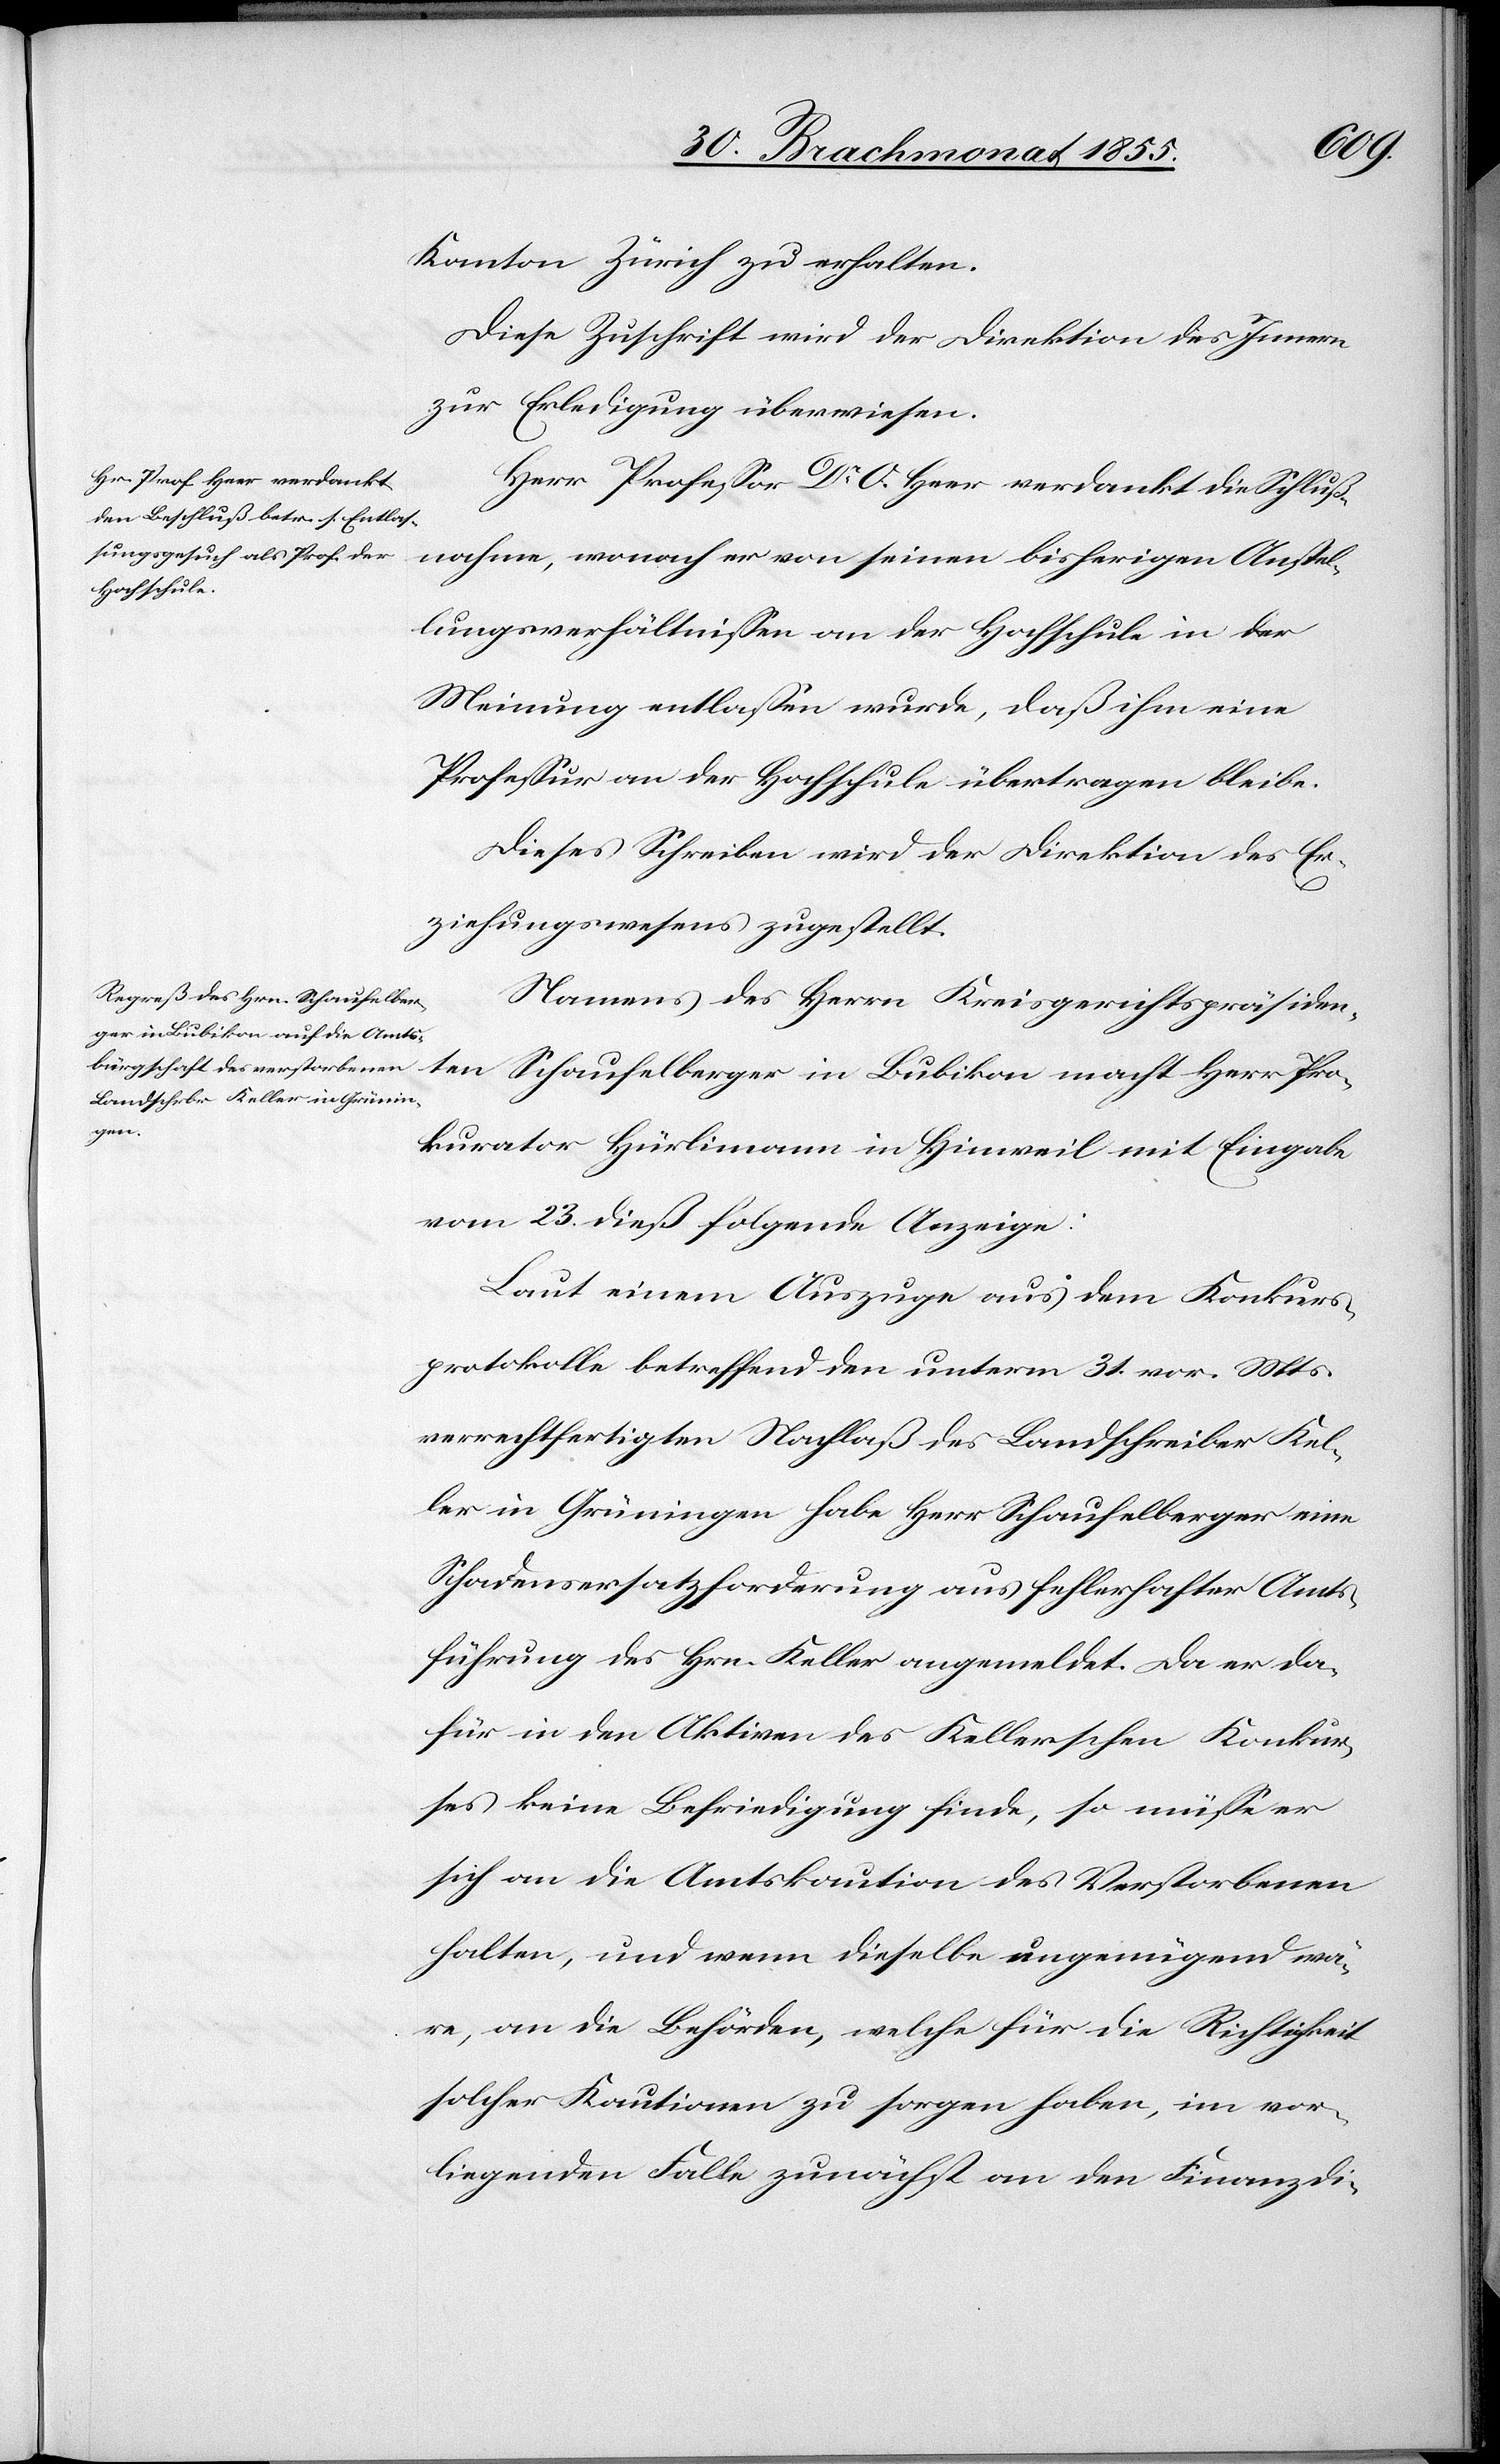
Kanton Zürich zu erhalten.
Diese Zuschrift wird der Direktion des Innern
zur Erledigung überwiesen.
Herr Professor Dr. O. Heer verdankt die Schluß¬
nahme, wonach er von seinen bisherigen Anstel¬
lungsverhältnissen an der Hochschule in der
Meinung entlassen wurde, daß ihm eine
Professur an der Hochschule übertragen bleibe.
Dieses Schreiben wird der Direktion des Er¬
ziehungswesens zugestellt.
Namens des Herrn Kreisgerichtspräsiden¬
ten Schaufelberger in Bubikon macht Herr Pro¬
kurator Hürlimann in Hinweil mit Eingabe
vom 23. dieß folgende Anzeige:
Laut einem Auszuge aus dem Konkurs¬
protokolle betreffend den unterm 31. vor. Mts.
verrechtfertigten Nachlaß des Landschreiber Kel¬
ler in Grüningen habe Herr Schaufelberger eine
Schadensersatzforderung aus fehlerhafter Amts¬
führung des Hrn. Keller angemeldet. Da er da¬
für in den Aktiven des Kellerschen Konkur¬
ses keine Befriedigung finde, so müsse er
sich an die Amtskaution des Verstorbenen
halten, und wenn dieselbe ungenügend wä¬
re, an die Behörden, welche für die Richtigkeit
solcher Kautionen zu sorgen haben, im vor¬
liegenden Falle zunächst an den Finanzdi-